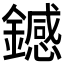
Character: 𫓏